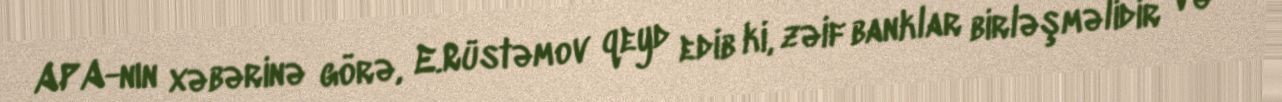
APA-nın xəbərinə görə, E.Rüstəmov qeyd edib ki, zəif banklar birləşməlidir və